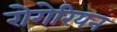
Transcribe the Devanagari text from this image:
रोगेरियन